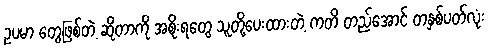
ဥပမာ တွေဖြစ်တဲ့ ဆိုတာကို အစိုးရတွေ သူတို့ပေးထားတဲ့ ကတိ တည်အောင် တနှစ်ပတ်လုံး